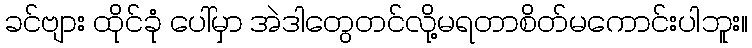
ခင်ဗျား ထိုင်ခုံ ပေါ်မှာ အဲဒါတွေတင်လို့မရတာစိတ်မကောင်းပါဘူး။